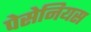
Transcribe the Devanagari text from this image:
पेसेनियस